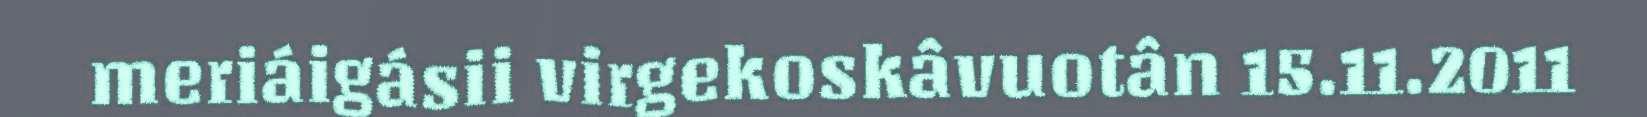
meriáigásii virgekoskâvuotân 15.11.2011